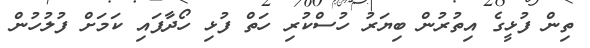
ތިން ފުޅީގެ އިތުރުން ބިޔަރު ހުސްކުރި ހަތް ފުޅި ހޯދާފައި ކަމަށް ފުލުހުން